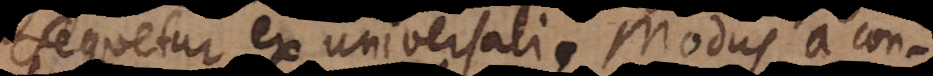
sequetur ex universali. Modus a con